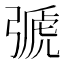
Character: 𢐋